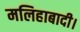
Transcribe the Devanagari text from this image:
मलिहाबादी।